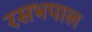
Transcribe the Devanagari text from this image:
रसभपाल